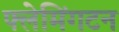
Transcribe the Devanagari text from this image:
फ्लेमिंगटन